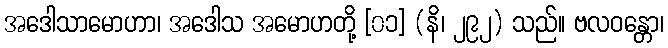
အဒေါသာမောဟာ၊ အဒေါသ အမောဟတို့ [၀၁] (နိ၊ ၂၉၂) သည်။ ဗလဝန္တော၊